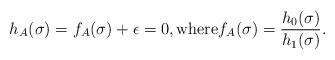
LaTeX: \begin{align*} h_A(\sigma) = f_A(\sigma) + \epsilon=0,\mbox{where}f_A(\sigma) = \frac{ h_0(\sigma) }{h_1(\sigma) }.\end{align*}